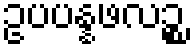
ဥပပန္နဖလဉ္စ